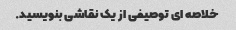
خلاصه ای توصیفی از یک نقاشی بنویسید.